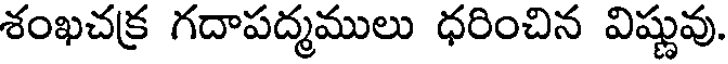
శంఖచక్ర గదాపద్మములు ధరించిన విష్ణువు.